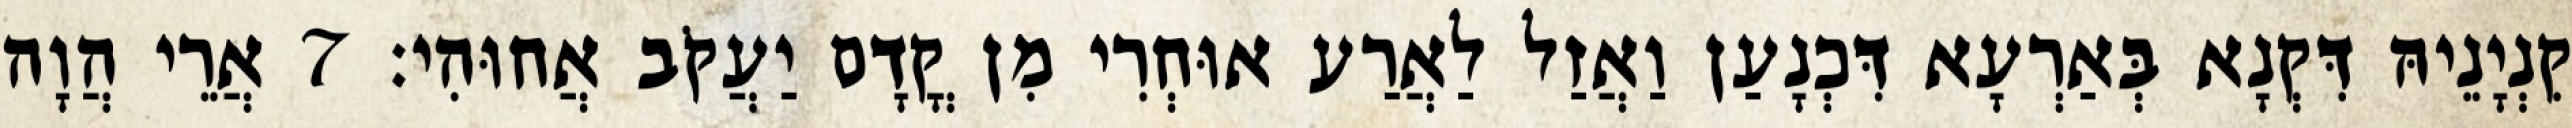
קִנְיָנֵיהּ דִּקְנָא בְּאַרְעָא דִּכְנָעַן וַאֲזַל לַאֲרַע אוּחְרִי מִן קֳדָם יַעֲקֹב אֲחוּהִי׃ 7 אֲרֵי הֲוָה